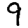
Digit: 9